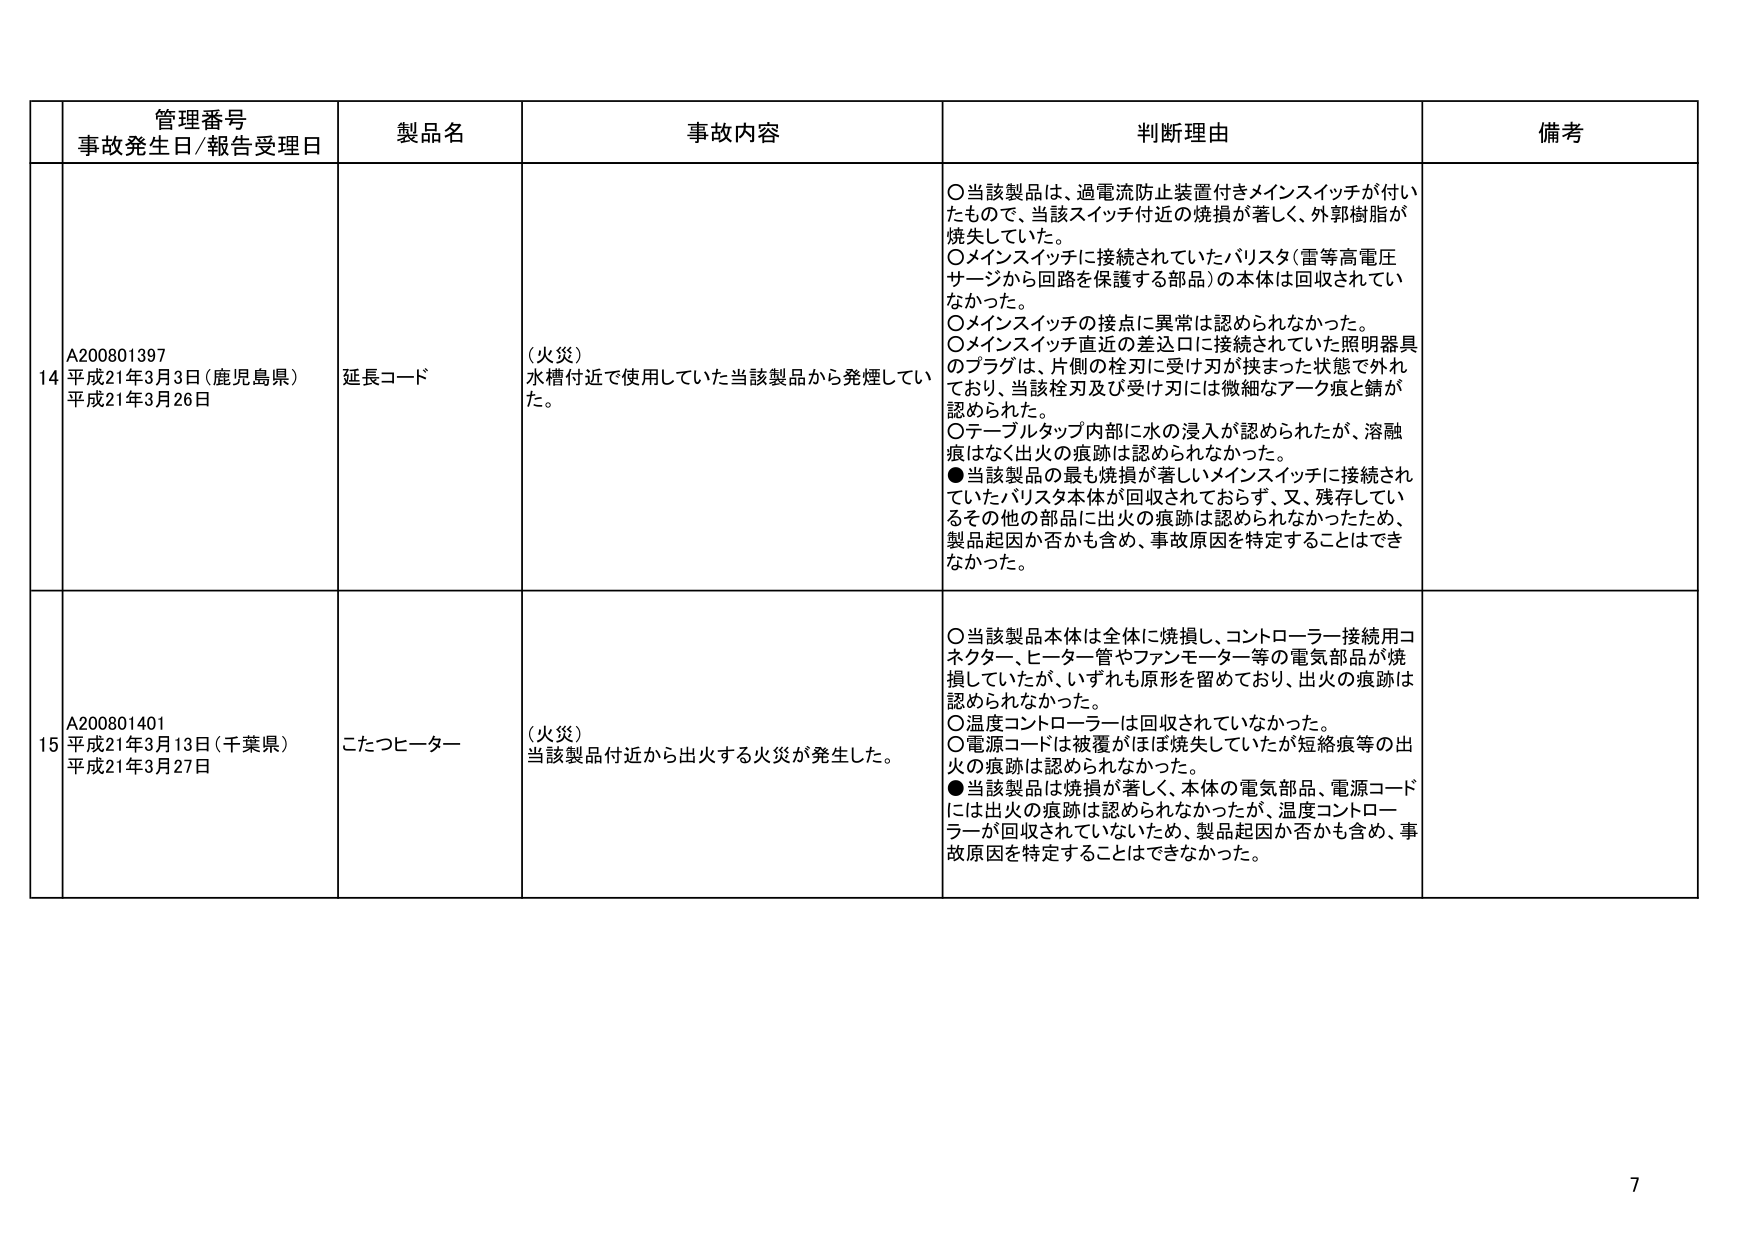
管理番号
事故発生日/報告受理日
製品名
事故内容
判断理由
備考

14
A200801397
平成21年3月3日（鹿児島県）
平成21年3月26日
延長コード
（火災）
水槽付近で使用していた当該製品から発煙していた。
○当該製品は、過電流防止装置付きメインスイッチが付いたもので、当該スイッチ付近の焼損が著しく、外郭樹脂が焼失していた。
○メインスイッチに接続されていたバリスタ（雷等高電圧サージから回路を保護する部品）の本体は回収されていなかった。
○メインスイッチの接点に異常は認められなかった。
○メインスイッチ直近の差込口に接続されていた照明器具のプラグは、片側の栓刃に受け刃が挟まった状態で外れており、当該栓刃及び受け刃には微細なアーク痕と錆が認められた。
○テーブルタップ内部に水の浸入が認められたが、溶融痕はなく出火の痕跡は認められなかった。
●当該製品の最も焼損が著しいメインスイッチに接続されていたバリスタ本体が回収されておらず、又、残存しているその他の部品に出火の痕跡は認められなかったため、製品起因か否かも含め、事故原因を特定することはできなかった。

15
A200801401
平成21年3月13日（千葉県）
平成21年3月27日
こたつヒーター
（火災）
当該製品付近から出火する火災が発生した。
○当該製品本体は全体に焼損し、コントローラー接続用コネクター、ヒーター管やファンモーター等の電気部品が焼損していたが、いずれも原形を留めており、出火の痕跡は認められなかった。
○温度コントローラーは回収されていなかった。
○電源コードは被覆がほぼ焼失していたが短絡痕等の出火の痕跡は認められなかった。
●当該製品は焼損が著しく、本体の電気部品、電源コードには出火の痕跡は認められなかったが、温度コントローラーが回収されていないため、製品起因か否かも含め、事故原因を特定することはできなかった。

7